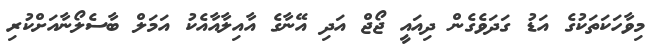
މިވާހަކަތަކުގެ އަޑު ގަދަވެގެން ދިއައީ ޖޯޖް އަދި އޭނާގެ އާއިލާއާއެކު އަމަލް ބާސެލޯނާއަށްކުރި